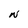
Character: N